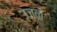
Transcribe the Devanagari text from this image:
उजळे